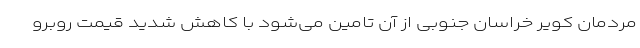
مردمان کویر خراسان جنوبی از آن تامین می‌شود با کاهش شدید قیمت روبرو